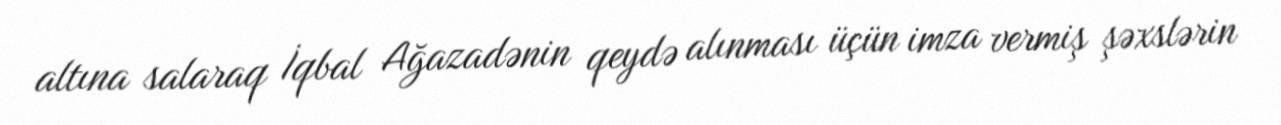
altına salaraq İqbal Ağazadənin qeydə alınması üçün imza vermiş şəxslərin